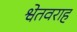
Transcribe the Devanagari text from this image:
श्वेतवराह